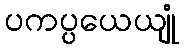
ပကပ္ပယေယျုံ